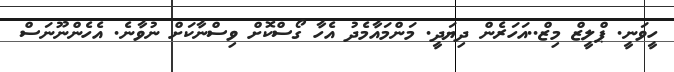
ހީވަނީ. ޕްލީޒް މިޒް..އަހަރެން ދިޔަދީ. މަންމައާމެދު އެހާ ގޯސްކޮށް ވިސްނާކަށް ނުވާނެ. އެހެންނޫނަސް